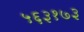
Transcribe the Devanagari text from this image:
५६३१७३